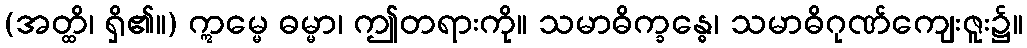
(အတ္ထိ၊ ရှိ၏။) ဣမ္မေ ဓမ္မာ၊ ဤတရားကို။ သမာဓိက္ခန္ဓေ၊ သမာဓိဂုဏ်ကျေးဇူး၌။